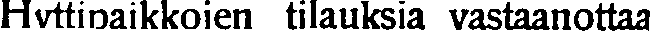
Hyttipaikkojen tilauksia vastaanottaa